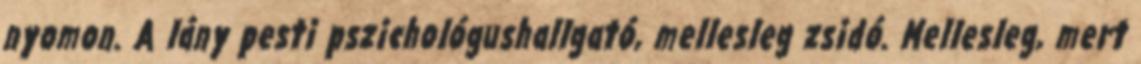
nyomon. A lány pesti pszichológushallgató, mellesleg zsidó. Mellesleg, mert